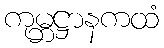
ကုမ္ဘဋ္ဌာနကထံ